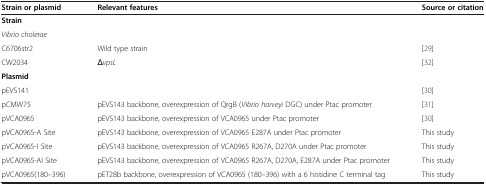
<table><thead><tr><td><b>Strain or plasmid</b></td><td><b>Relevant features</b></td><td><b>Source or citation</b></td></tr></thead><tbody><tr><td><b>Strain</b></td><td> </td><td> </td></tr><tr><td><i>Vibrio cholerae</i></td><td> </td><td> </td></tr><tr><td>C6706str2</td><td>Wild type strain</td><td>[29]</td></tr><tr><td>CW2034</td><td>Δ<i>vpsL</i></td><td>[32]</td></tr><tr><td><b>Plasmid</b></td><td> </td><td> </td></tr><tr><td>pEVS141</td><td> </td><td>[30]</td></tr><tr><td>pCMW75</td><td>pEVS143 backbone, overexpression of QrgB (<i>Vibrio harveyi</i> DGC) under Ptac promoter</td><td>[31]</td></tr><tr><td>pVCA0965</td><td>pEVS143 backbone, overexpression of VCA0965 under Ptac promoter</td><td>[30]</td></tr><tr><td>pVCA0965-A Site</td><td>pEVS143 backbone, overexpression of VCA0965 E287A under Ptac promoter</td><td>This study</td></tr><tr><td>pVCA0965-I Site</td><td>pEVS143 backbone, overexpression of VCA0965 R267A, D270A under Ptac promoter</td><td>This study</td></tr><tr><td>pVCA0965-AI Site</td><td>pEVS143 backbone, overexpression of VCA0965 R267A, D270A, E287A under Ptac promoter</td><td>This study</td></tr><tr><td>pVCA0965(180–396)</td><td>pET28b backbone, overexpression of VCA0965 (180–396) with a 6 histidine C terminal tag</td><td>This study</td></tr></tbody></table>